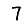
Digit: 7